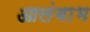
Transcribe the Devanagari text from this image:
आलंबाभ